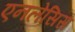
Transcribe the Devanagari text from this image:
एनलेसिस